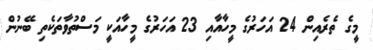
މީގެ ތެރެއިން 24 އަހަރުގެ މީހާއާއި 23 އަހަރުގެ މީހާއަކީ މަސްތުވާތަކެތި ބޭނުން